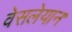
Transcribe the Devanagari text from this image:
वेसलेयान